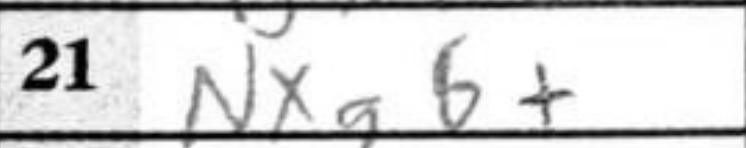
Transcription: Nxg6+